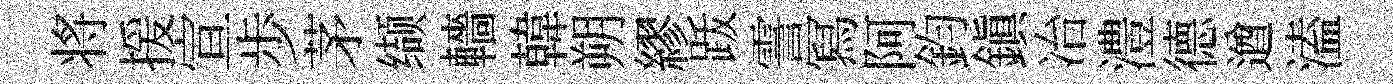
将援宣歩茅缬轖韓朔繆䟦霅冩阿鈞鎮冶澧德遒溘